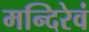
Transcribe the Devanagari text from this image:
मन्दिरेवं